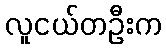
လူငယ်တဦးက